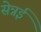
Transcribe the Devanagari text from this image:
सेन्नई